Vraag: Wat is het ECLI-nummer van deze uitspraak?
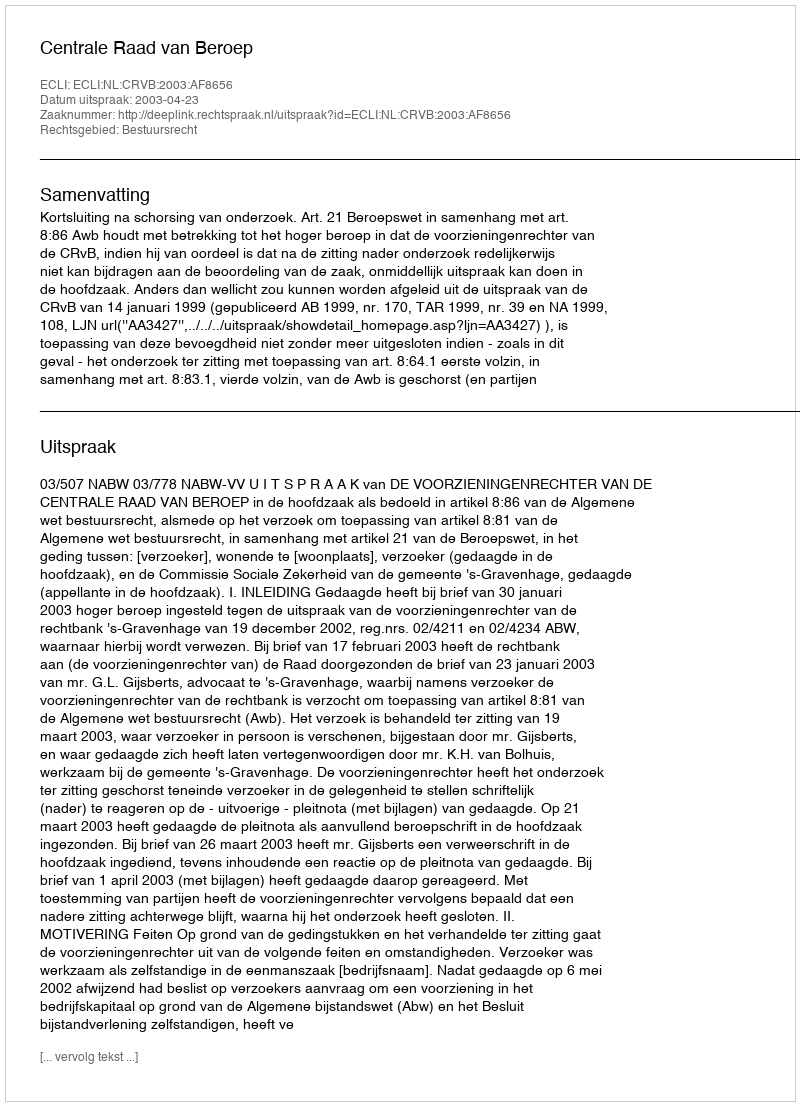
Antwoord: ECLI:NL:CRVB:2003:AF8656